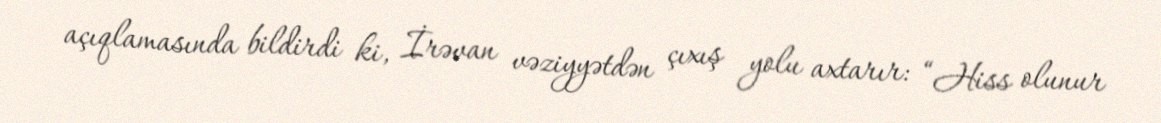
açıqlamasında bildirdi ki, İrəvan vəziyyətdən çıxış yolu axtarır: “Hiss olunur